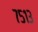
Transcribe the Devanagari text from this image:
७५१३